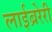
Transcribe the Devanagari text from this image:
लाईब्ररेरी